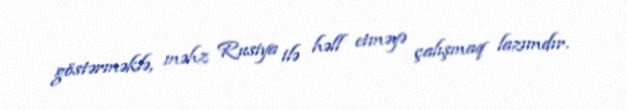
göstərməklə, məhz Rusiya ilə həll etməyə çalışmaq lazımdır.